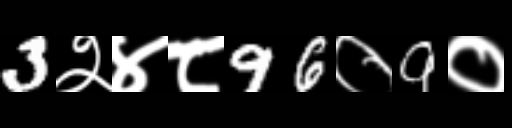
Text: 3२४८96०9०